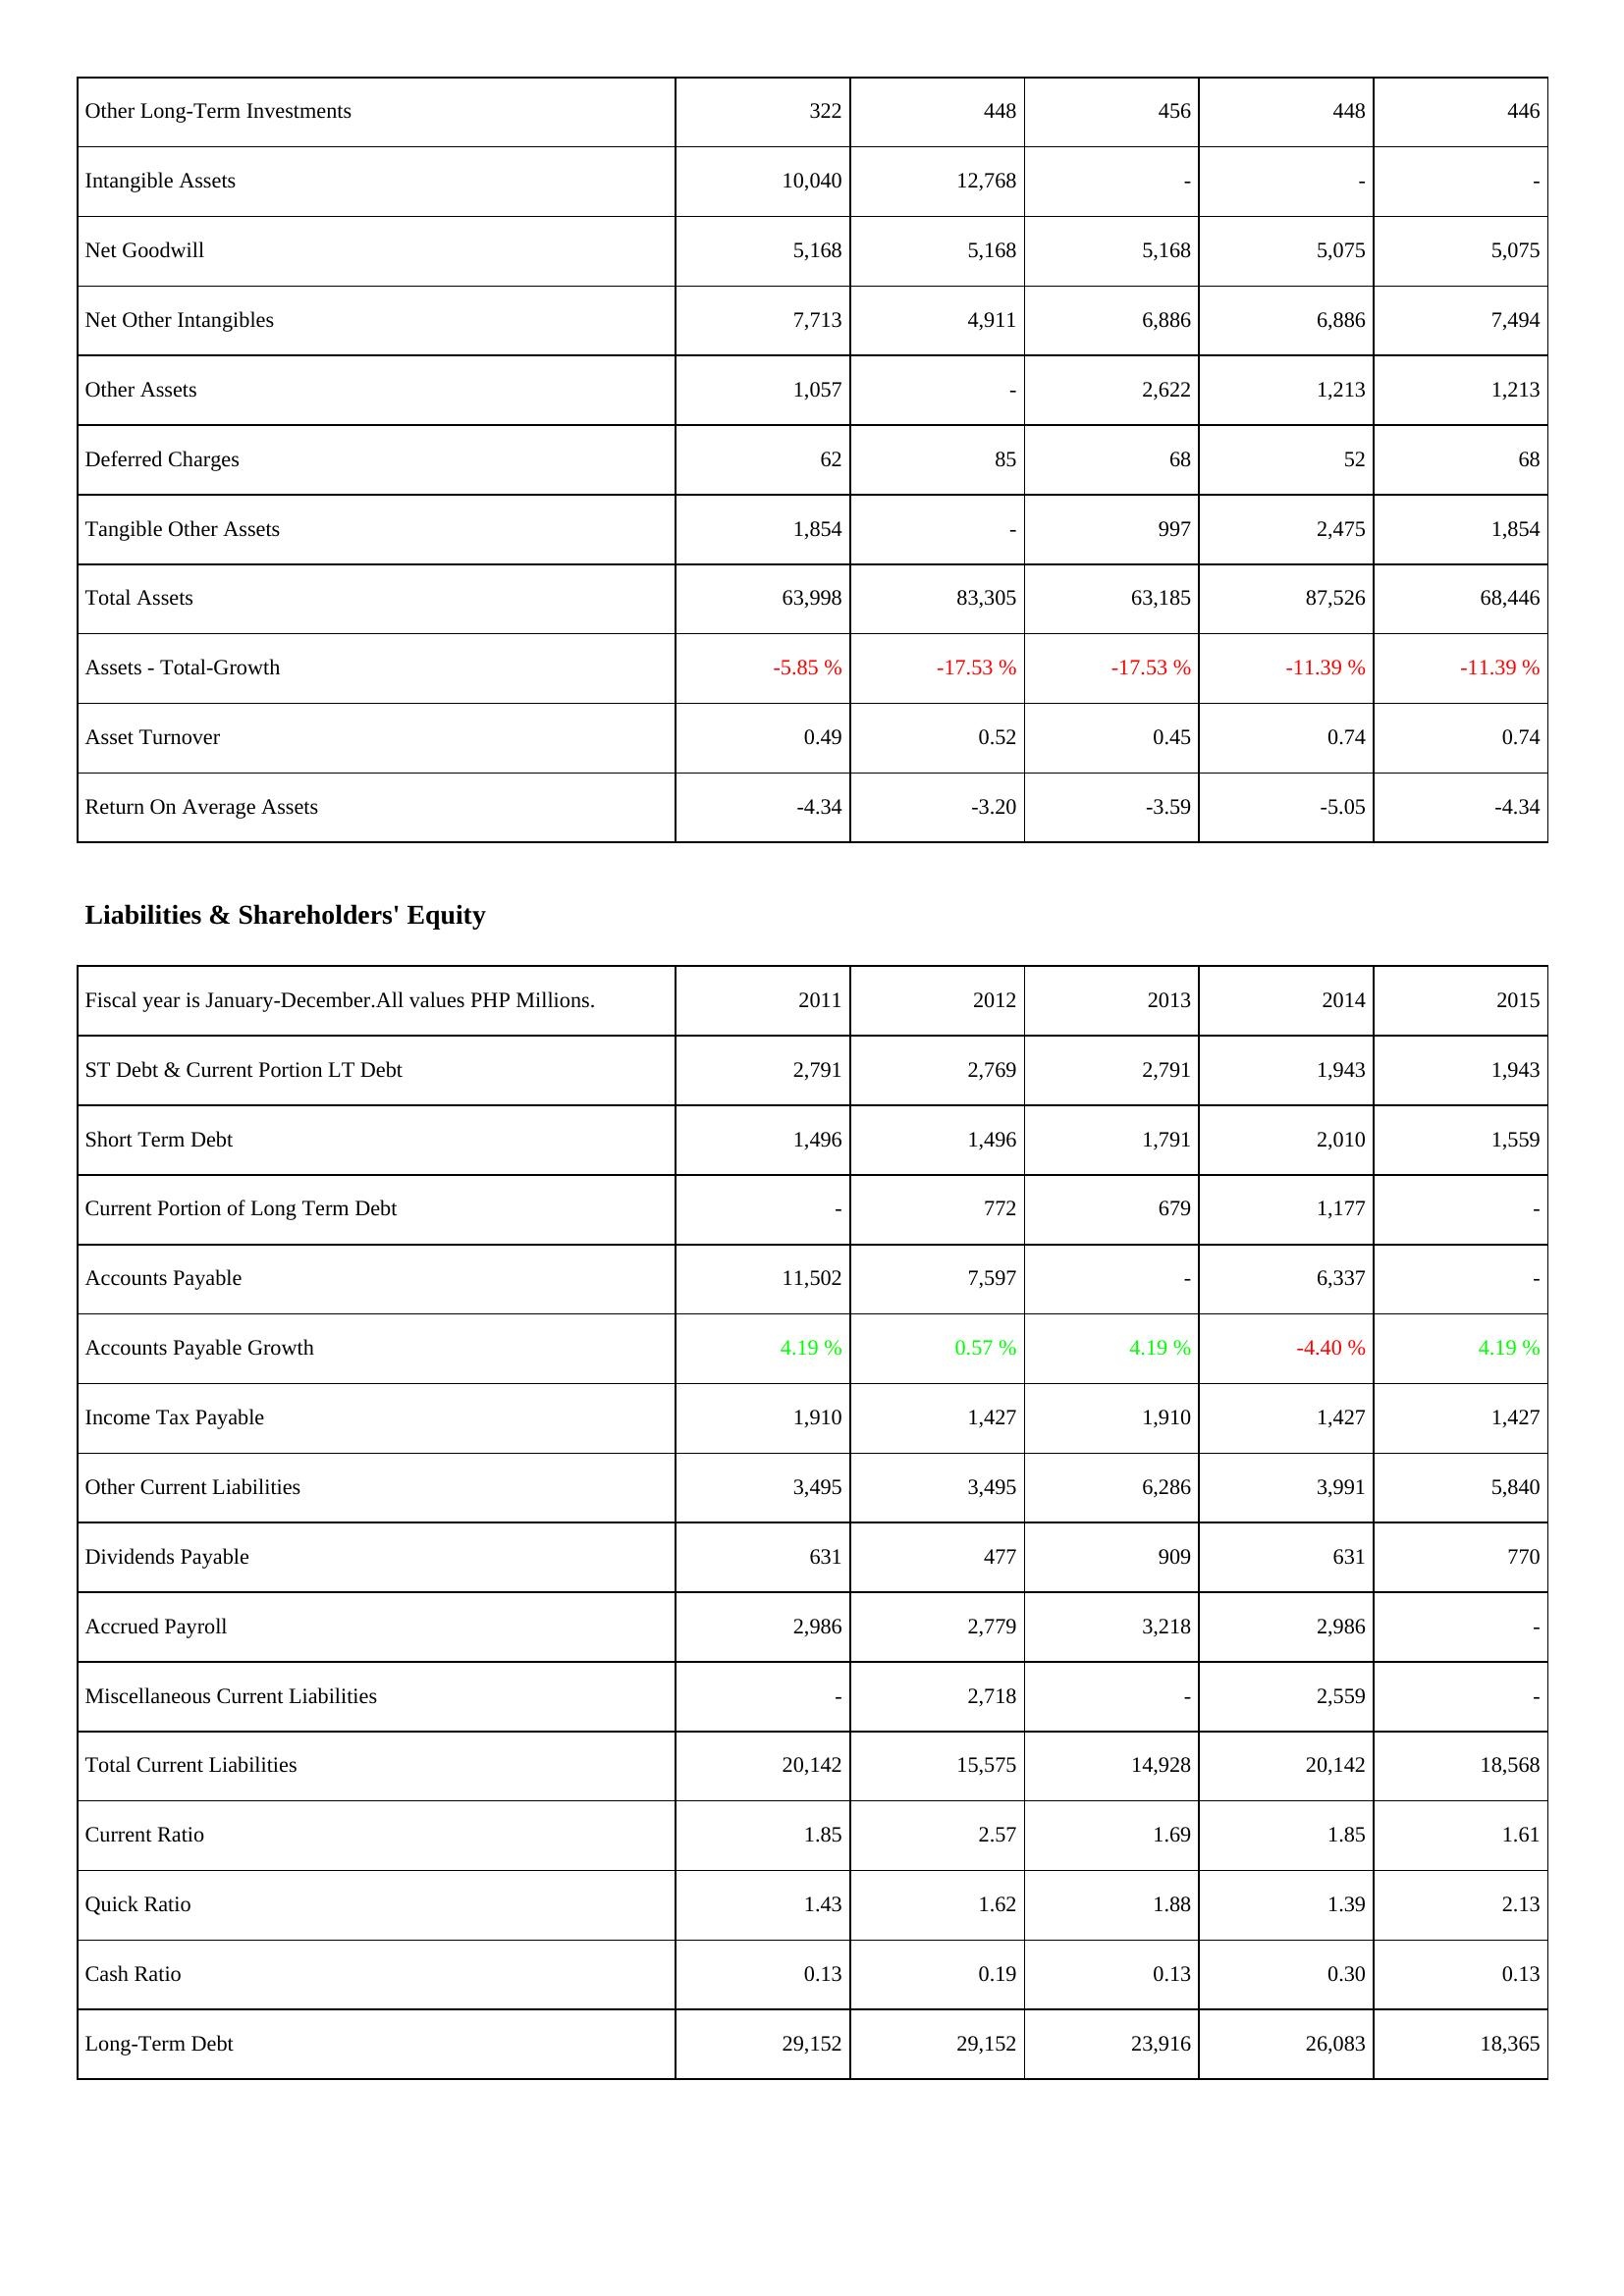
2011: Assets: Other Long-Term Investments: 322
Intangible Assets: 10,040
Net Goodwill: 5,168
Net Other Intangibles: 7,713
Other Assets: 1,057
Deferred Charges: 62
Tangible Other Assets: 1,854
Total Assets: 63,998
Assets - Total-Growth: -5.85 %
Asset Turnover: 0.49
Return On Average Assets: -4.34
Liabilities & Shareholders' Equity: ST Debt & Current Portion LT Debt: 2,791
Short Term Debt: 1,496
Current Portion of Long Term Debt: -
Accounts Payable: 11,502
Accounts Payable Growth: 4.19 %
Income Tax Payable: 1,910
Other Current Liabilities: 3,495
Dividends Payable: 631
Accrued Payroll: 2,986
Miscellaneous Current Liabilities: -
Total Current Liabilities: 20,142
Current Ratio: 1.85
Quick Ratio: 1.43
Cash Ratio: 0.13
Long-Term Debt: 29,152
2012: Assets: Other Long-Term Investments: 448
Intangible Assets: 12,768
Net Goodwill: 5,168
Net Other Intangibles: 4,911
Other Assets: -
Deferred Charges: 85
Tangible Other Assets: -
Total Assets: 83,305
Assets - Total-Growth: -17.53 %
Asset Turnover: 0.52
Return On Average Assets: -3.20
Liabilities & Shareholders' Equity: ST Debt & Current Portion LT Debt: 2,769
Short Term Debt: 1,496
Current Portion of Long Term Debt: 772
Accounts Payable: 7,597
Accounts Payable Growth: 0.57 %
Income Tax Payable: 1,427
Other Current Liabilities: 3,495
Dividends Payable: 477
Accrued Payroll: 2,779
Miscellaneous Current Liabilities: 2,718
Total Current Liabilities: 15,575
Current Ratio: 2.57
Quick Ratio: 1.62
Cash Ratio: 0.19
Long-Term Debt: 29,152
2013: Assets: Other Long-Term Investments: 456
Intangible Assets: -
Net Goodwill: 5,168
Net Other Intangibles: 6,886
Other Assets: 2,622
Deferred Charges: 68
Tangible Other Assets: 997
Total Assets: 63,185
Assets - Total-Growth: -17.53 %
Asset Turnover: 0.45
Return On Average Assets: -3.59
Liabilities & Shareholders' Equity: ST Debt & Current Portion LT Debt: 2,791
Short Term Debt: 1,791
Current Portion of Long Term Debt: 679
Accounts Payable: -
Accounts Payable Growth: 4.19 %
Income Tax Payable: 1,910
Other Current Liabilities: 6,286
Dividends Payable: 909
Accrued Payroll: 3,218
Miscellaneous Current Liabilities: -
Total Current Liabilities: 14,928
Current Ratio: 1.69
Quick Ratio: 1.88
Cash Ratio: 0.13
Long-Term Debt: 23,916
2014: Assets: Other Long-Term Investments: 448
Intangible Assets: -
Net Goodwill: 5,075
Net Other Intangibles: 6,886
Other Assets: 1,213
Deferred Charges: 52
Tangible Other Assets: 2,475
Total Assets: 87,526
Assets - Total-Growth: -11.39 %
Asset Turnover: 0.74
Return On Average Assets: -5.05
Liabilities & Shareholders' Equity: ST Debt & Current Portion LT Debt: 1,943
Short Term Debt: 2,010
Current Portion of Long Term Debt: 1,177
Accounts Payable: 6,337
Accounts Payable Growth: -4.40 %
Income Tax Payable: 1,427
Other Current Liabilities: 3,991
Dividends Payable: 631
Accrued Payroll: 2,986
Miscellaneous Current Liabilities: 2,559
Total Current Liabilities: 20,142
Current Ratio: 1.85
Quick Ratio: 1.39
Cash Ratio: 0.30
Long-Term Debt: 26,083
2015: Assets: Other Long-Term Investments: 446
Intangible Assets: -
Net Goodwill: 5,075
Net Other Intangibles: 7,494
Other Assets: 1,213
Deferred Charges: 68
Tangible Other Assets: 1,854
Total Assets: 68,446
Assets - Total-Growth: -11.39 %
Asset Turnover: 0.74
Return On Average Assets: -4.34
Liabilities & Shareholders' Equity: ST Debt & Current Portion LT Debt: 1,943
Short Term Debt: 1,559
Current Portion of Long Term Debt: -
Accounts Payable: -
Accounts Payable Growth: 4.19 %
Income Tax Payable: 1,427
Other Current Liabilities: 5,840
Dividends Payable: 770
Accrued Payroll: -
Miscellaneous Current Liabilities: -
Total Current Liabilities: 18,568
Current Ratio: 1.61
Quick Ratio: 2.13
Cash Ratio: 0.13
Long-Term Debt: 18,365